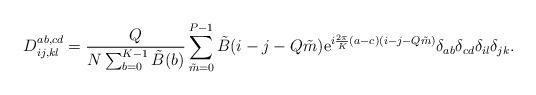
LaTeX: \begin{align*}D_{ij,kl}^{ab,cd}={Q\over N\sum_{b=0}^{K-1}\tilde{B}(b)}\sum_{\tilde{m}=0}^{P-1}\tilde{B}(i-j-Q\tilde{m}) {\rm e}^{i{2\pi \over K}(a-c)(i-j-Q\tilde{m})} \delta_{ab}\delta_{cd}\delta_{il}\delta_{jk}.\end{align*}